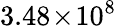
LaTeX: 3.48\! \times\! 10^{8}